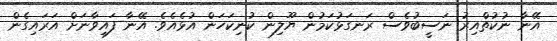
އޭނާ ނުކުތްއިރު ނަސީބުވެސް ރަނގަޅުކަމުން ޔޫލިން ކުނިކަހަން އުޅެއެވެ. އޭނާ ފައިވާނަށް އަރައިގެން